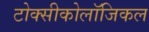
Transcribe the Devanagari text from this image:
टोक्सीकोलॉजिकल